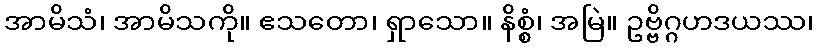
အာမိသံ၊ အာမိသကို။ ဧသတော၊ ရှာသော။ နိစ္စံ၊ အမြဲ။ ဥဗ္ဗိဂ္ဂဟဒယဿ၊